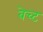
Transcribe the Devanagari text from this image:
बेच्ट